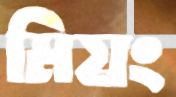
মিয়ং